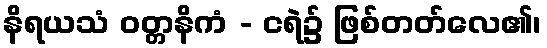
နိရယသံ ဝတ္တနိကံ - ငရဲ၌ ဖြစ်တတ်လေ၏၊